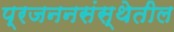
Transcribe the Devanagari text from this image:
प्रजननसंस्थेतील